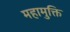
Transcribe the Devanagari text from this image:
महामुक्ति